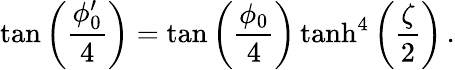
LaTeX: \tan\left(\frac{\phi_{0}^{\prime}}{4}\right)=\tan\left(\frac{\phi_{0}}{4}\right)\operatorname{tanh}^{4}\left(\frac{\zeta}{2}\right)\, .